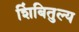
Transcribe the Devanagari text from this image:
शिंबितुल्य